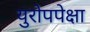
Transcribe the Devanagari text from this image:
युरोपपेक्षा